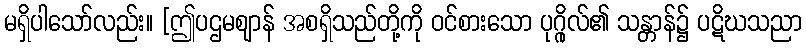
မရှိပါသော်လည်း။ [ဤပဌမဈာန် အစရှိသည်တို့ကို ဝင်စားသော ပုဂ္ဂိုလ်၏ သန္တာန်၌ ပဋိဃသညာ